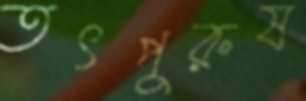
তৎপুরুষ